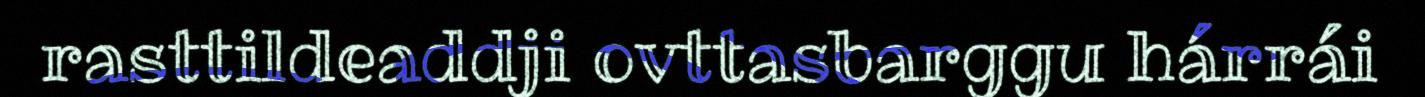
rasttildeaddji ovttasbarggu hárrái